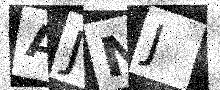
Text: AJNJ